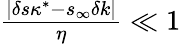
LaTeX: \begin{array}{r}{\frac{|\delta s\kappa^{*}-s_{\infty}\delta k|}{\eta}\ll 1}\end{array}